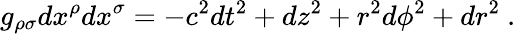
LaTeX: g_{\rho\sigma}dx^{\rho}dx^{\sigma}=-c^{2}dt^{2}+dz^{2}+r^{2}d\phi^{2}+dr^{2}\ .